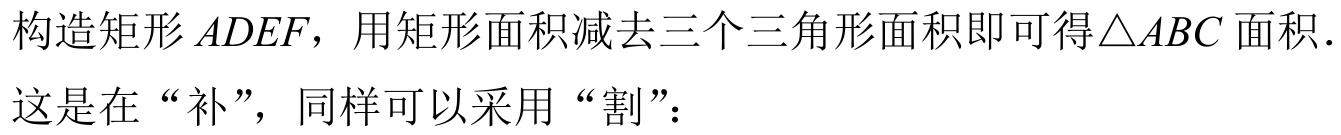
构造矩形\(ADEF\)，用矩形面积减去三个三角形面积即可得\(\triangle ABC\)面积.
这是在“补”，同样可以采用“割”：